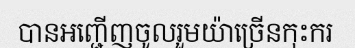
បានអញ្ជើញចូលរួមយ៉ាច្រើនកុះករ